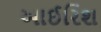
આઈરિશ